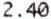
2.40